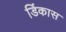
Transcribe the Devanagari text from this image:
डिंकास